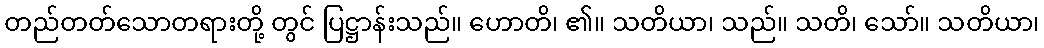
တည်တတ်သောတရားတို့ တွင် ပြဋ္ဌာန်းသည်။ ဟောတိ၊ ၏။ သတိယာ၊ သည်။ သတိ၊ သော်။ သတိယာ၊